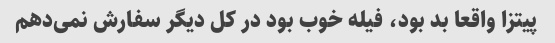
پیتزا واقعا بد بود، فیله خوب بود در کل دیگر سفارش نمی‌دهم